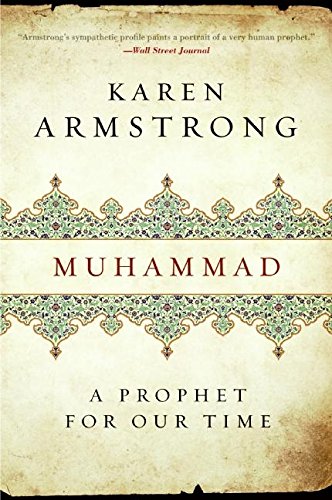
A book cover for Muhammad: A Prophet for Our Time; Karen Armstrong; Biographies & Memoirs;